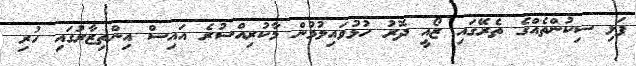
ފަޅި ސިކުންތެއްގެ ތެރޭގައި ޒޯއީ ދޮރު ހުޅުވައިލުމުން މާކުރިއްސުރެ އައިސް އިންތިޒާރުގައި ހުރި